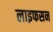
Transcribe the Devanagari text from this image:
लाइफसन